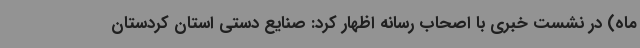
ماه) در نشست خبری با اصحاب رسانه اظهار کرد: صنایع دستی استان کردستان